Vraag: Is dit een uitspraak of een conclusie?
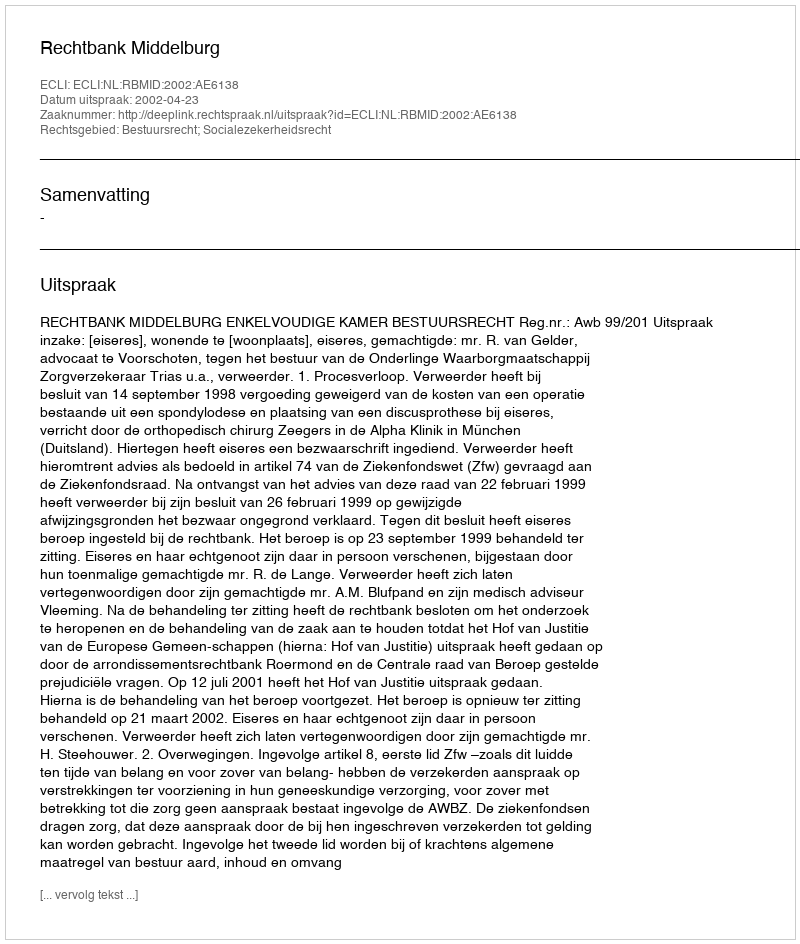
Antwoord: Uitspraak